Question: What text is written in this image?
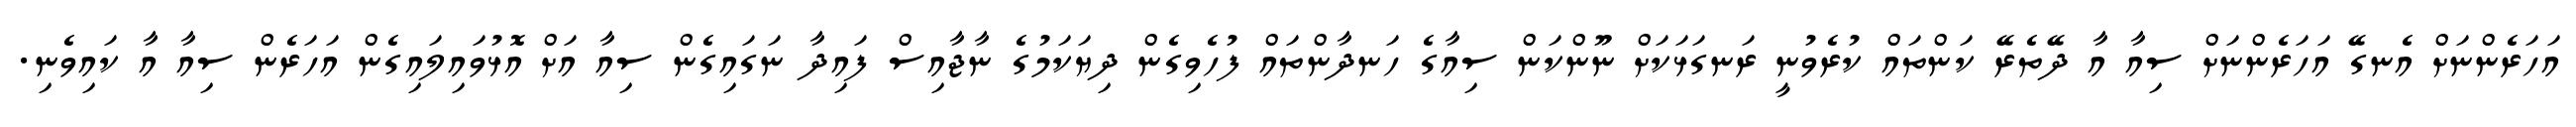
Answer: އަހަރެންނަށް އެނގޭ އަހަރެންނަށް ސިއާ އާ ދޭތެރޭ ކަންތައް ކުރެވުނީ ރަނގަޅަކަށް ނޫންކަން ސިއާގެ ހަނދާންތައް ފުހެވިގެން ދިޔަކަމުގެ ނާޖާއިސް ފައިދާ ނަގައިގެން ސިއާ އަށް އޮޅުވައިލައިގެން އަހަރެން ސިއާ އާ ކައިވެނި.